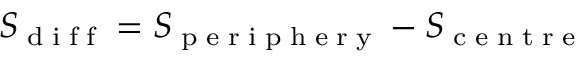
S _ { \tiny \mathrm { ~ d ~ i ~ f ~ f ~ } } = S _ { \tiny \mathrm { ~ p ~ e ~ r ~ i ~ p ~ h ~ e ~ r ~ y ~ } } - S _ { \tiny \mathrm { ~ c ~ e ~ n ~ t ~ r ~ e ~ } }